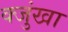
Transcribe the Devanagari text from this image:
क्जुंखा